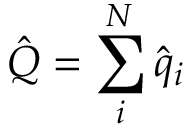
\hat { Q } = \sum _ { i } ^ { N } \hat { q } _ { i }